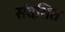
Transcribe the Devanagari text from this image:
संदभित